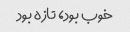
خوب بود، تازه بود